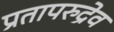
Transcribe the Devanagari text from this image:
प्रतापरुद्रेव